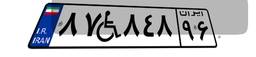
۵۳W۴۷۲۵۲